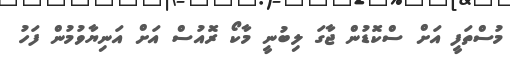
މުސްތަފީ އަށް ސްކޮޑުން ޖާގަ ލިބުނީ މާކޯ ރޮއުސް އަށް އަނިޔާވުމުން ފަހު